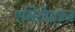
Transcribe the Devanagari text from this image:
एमिरीप्राइज़